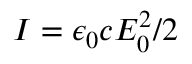
I = \epsilon _ { 0 } c E _ { 0 } ^ { 2 } / 2